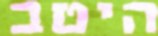
היטב